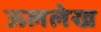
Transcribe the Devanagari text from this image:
ऊललेख